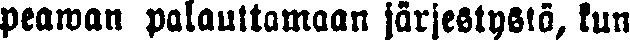
peawan palauttamaan järjestystä, kun